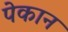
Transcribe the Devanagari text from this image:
पेकान